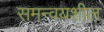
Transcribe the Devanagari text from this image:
समन्वयशील